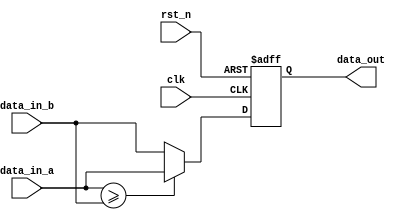
`timescale 1ns / 1ps
//////////////////////////////////////////////////////////////////////////////////
// Company: 
// Engineer: 
// 
// Design Name: 
// Module Name: comparator_unit
// Project Name: 
// Target Devices: 
// Tool Versions: 
// Description: 
// 
// Dependencies: 
// 
// Revision:
// Revision 0.01 - File Created
// Additional Comments:
// 
//////////////////////////////////////////////////////////////////////////////////
module comparator_unit#(
    parameter FEATURE_WIDTH = 32    
)(
    input wire                                      clk,
    input wire                                      rst_n,
    input wire signed [ FEATURE_WIDTH - 1 : 0 ]     data_in_a,
    input wire signed [ FEATURE_WIDTH - 1 : 0 ]     data_in_b,
    output reg signed [ FEATURE_WIDTH - 1 : 0 ]     data_out
    );
always @(posedge clk or negedge rst_n)
    begin
       if(!rst_n)
           data_out <= 0;
       else
           data_out <= (data_in_a >= data_in_b)?data_in_a:data_in_b;
    end
endmodule